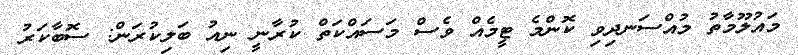
މައުލޫމާތު މުއްސަނދިވި ކޮންމެ ޓީމެއް ވެސް މަސައްކަތް ކުރާނީ ނިއު ބަލިކުރަން: ސޮބާކަރު